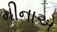
મીનાએ